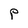
Character: P